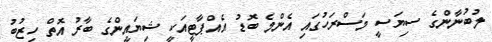
ލުބުނާންގެ ސިޔަސީ މަސްރަހުގައި އެންމެ ބޮޑު އެއްޕާޓީއަކީ ޝިޔައީންގެ ބާރު އޮތް ހިޒުބު